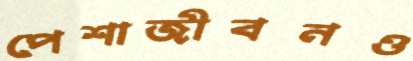
পেশাজীবনও